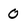
Character: 0